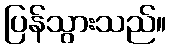
ပြန်သွားသည်။